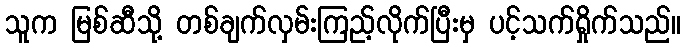
သူက မြစ်ဆီသို့ တစ်ချက်လှမ်းကြည့်လိုက်ပြီးမှ ပင့်သက်ရှိုက်သည်။